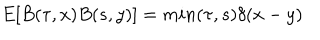
E [ B ( \tau , x ) B ( s , y ) ] = m i n ( \tau , s ) \delta ( x - y )